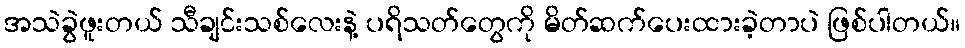
အသဲခွဲဖူးတယ် သီချင်းသစ်လေးနဲ့ ပရိသတ်တွေကို မိတ်ဆက်ပေးထားခဲ့တာပဲ ဖြစ်ပါတယ်။